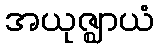
အယုဇ္ဈာယံ